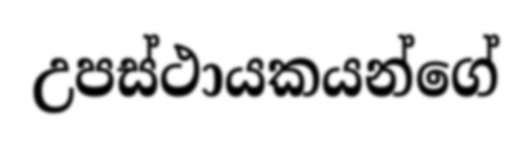
උපස්ථායකයන්ගේ